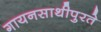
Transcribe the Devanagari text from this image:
गायनसाथीपुरते